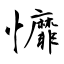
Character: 戂